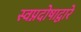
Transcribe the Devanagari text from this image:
स्वप्नदोषाद्वारे